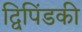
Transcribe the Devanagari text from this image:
द्विपिंडकी